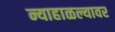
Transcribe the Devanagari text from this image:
न्याहाळल्यावर